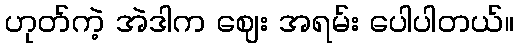
ဟုတ်ကဲ့ အဲဒါက ဈေး အရမ်း ပေါပါတယ်။